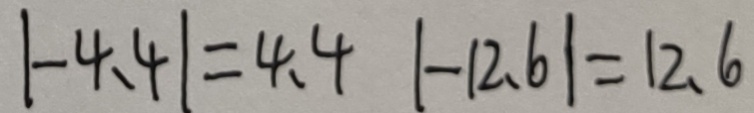
\vert - 4 . 4 \vert = 4 . 4 1 \vert - 1 2 . 6 \vert = 1 2 . 6